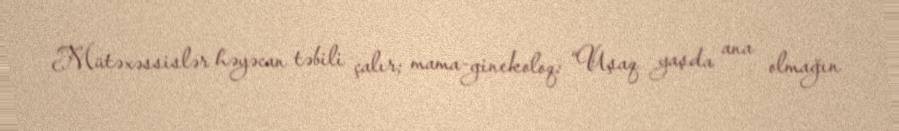
Mütəxəssislər həyəcan təbili çalır; mama-ginekoloq: “Uşaq yaşda ana olmağın